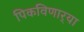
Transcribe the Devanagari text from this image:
पिकविणार्‍या